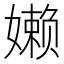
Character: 𰌙